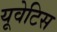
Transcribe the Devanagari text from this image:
यूवेटिस